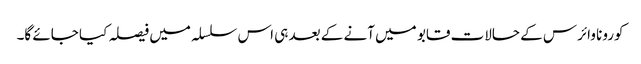
کورونا وائرس کے حالات قابو میں آنے کے بعد ہی اس سلسلہ میں فیصلہ کیا جائے گا۔